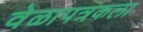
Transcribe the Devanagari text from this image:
वेळापत्रकला